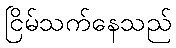
ငြိမ်သက်နေသည်